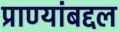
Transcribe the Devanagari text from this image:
प्राण्यांबद्दल